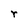
Character: r